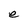
Character: e